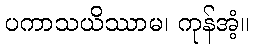
ပကာသယိဿာမ၊ ကုန်အံ့။